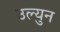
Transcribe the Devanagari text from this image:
उल्युन